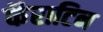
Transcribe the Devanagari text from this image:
कॅराटिन